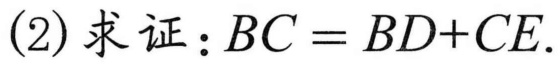
(2) 求证：$BC = BD + CE$.